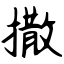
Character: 撒